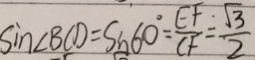
\sin \angle B C D = \sin 6 0 ^ { \circ } = \frac { E F } { C F } = \frac { \sqrt { 3 } } { 2 }